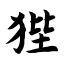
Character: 狴